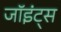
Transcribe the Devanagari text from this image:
जॉइंट्स